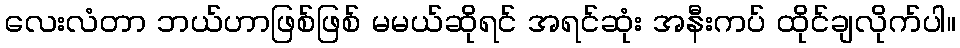
လေးလံတာ ဘယ်ဟာဖြစ်ဖြစ် မမယ်ဆိုရင် အရင်ဆုံး အနီးကပ် ထိုင်ချလိုက်ပါ။